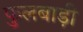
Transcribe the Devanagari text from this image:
फुलबाड़ी